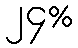
၂၄%